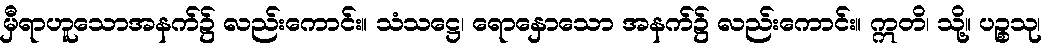
မှီရာဟူသောအနက်၌ လည်းကောင်း။ သံသဋ္ဌေ၊ ရောနှောသော အနက်၌ လည်းကောင်း။ ဣတိ၊ သို့။ ပဉ္စသု၊